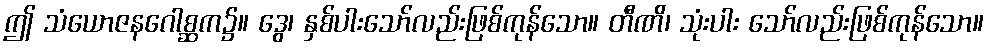
ဤ သံယောဇနဂေါစ္ဆက၌။ ဒွေ၊ နှစ်ပါးသော်လည်းဖြစ်ကုန်သော။ တီဏိ၊ သုံးပါး သော်လည်းဖြစ်ကုန်သော။